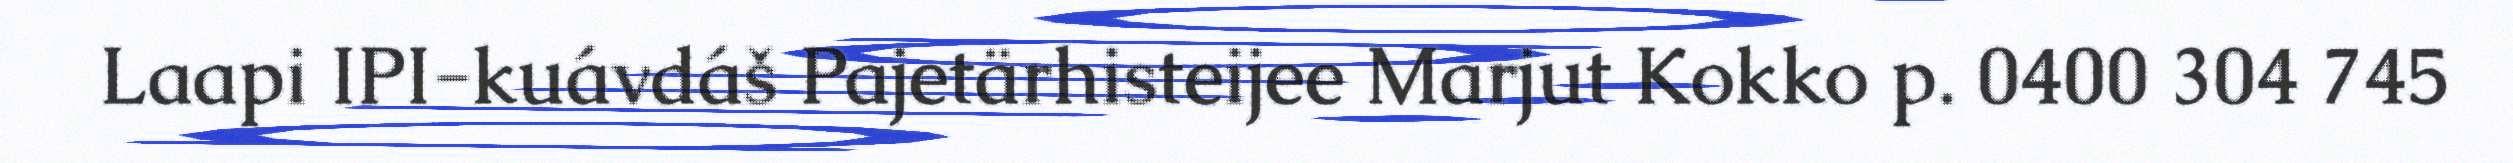
Laapi IPI-kuávdáš Pajetärhisteijee Marjut Kokko p. 0400 304 745